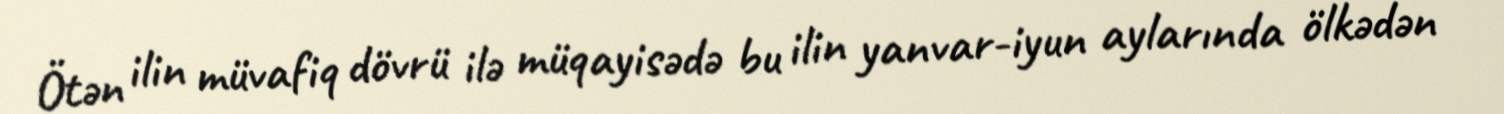
Ötən ilin müvafiq dövrü ilə müqayisədə bu ilin yanvar-iyun aylarında ölkədən